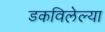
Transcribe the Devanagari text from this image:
डकविलेल्या